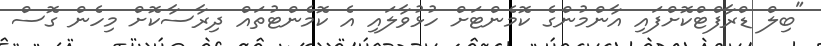
"ބިލް ޑްރާފްޓްކޮށްފައި އާންމުންގެ ކޮމެންޓަށް ހުޅުވާލައި އެ ކޮމެންޓުތައް ދިރާސާކޮށް މިހެން ގޮސް